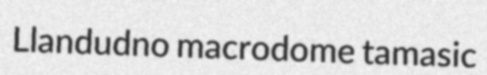
Llandudno macrodome tamasic